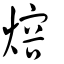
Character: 熔